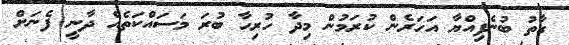
ގާތު ބުނެފިއްޔާ އަހަރެން ކުރަމުން މިދާ ހުރިހާ ބުރަ މަސައްކަތެއް ދާނީ ފެނަށް